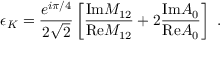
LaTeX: \epsilon _ { K } = \frac { e ^ { i \pi / 4 } } { 2 \sqrt { 2 } } \left[ \frac { \mathrm { I m } M _ { 1 2 } } { \mathrm { R e } M _ { 1 2 } } + 2 \frac { \mathrm { I m } A _ { 0 } } { \mathrm { R e } A _ { 0 } } \right] \ .